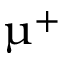
\upmu ^ { + }